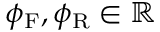
\phi _ { \mathrm { F } } , \phi _ { \mathrm { R } } \in \mathbb { R }